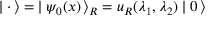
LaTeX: \mid { \bf \cdot } \, \rangle = \; \mid \psi _ { 0 } ( x ) \, \rangle _ { R } = u _ { R } ( \lambda _ { 1 } , \lambda _ { 2 } ) \mid 0 \, \rangle